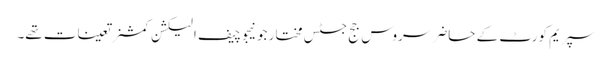
سپریم کورٹ کے حاضر سروس جج جسٹس مختار جونیجو چیف الیکشن کمشنر تعینات تھے۔